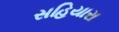
સહિયારા